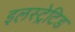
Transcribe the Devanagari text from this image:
इलस्ट्रेटिड